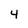
Character: 4